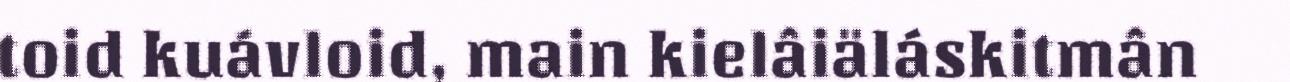
toid kuávloid, main kielâiäláskitmân